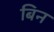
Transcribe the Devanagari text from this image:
बिन